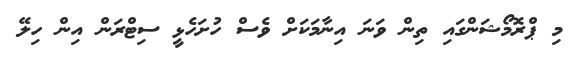
މި ޕްރޮމޯޝަންގައި ތިން ވަނަ އިނާމަކަށް ވެސް ހުށަހެޅީ ސިޓްރަން އިން ހިލޭ